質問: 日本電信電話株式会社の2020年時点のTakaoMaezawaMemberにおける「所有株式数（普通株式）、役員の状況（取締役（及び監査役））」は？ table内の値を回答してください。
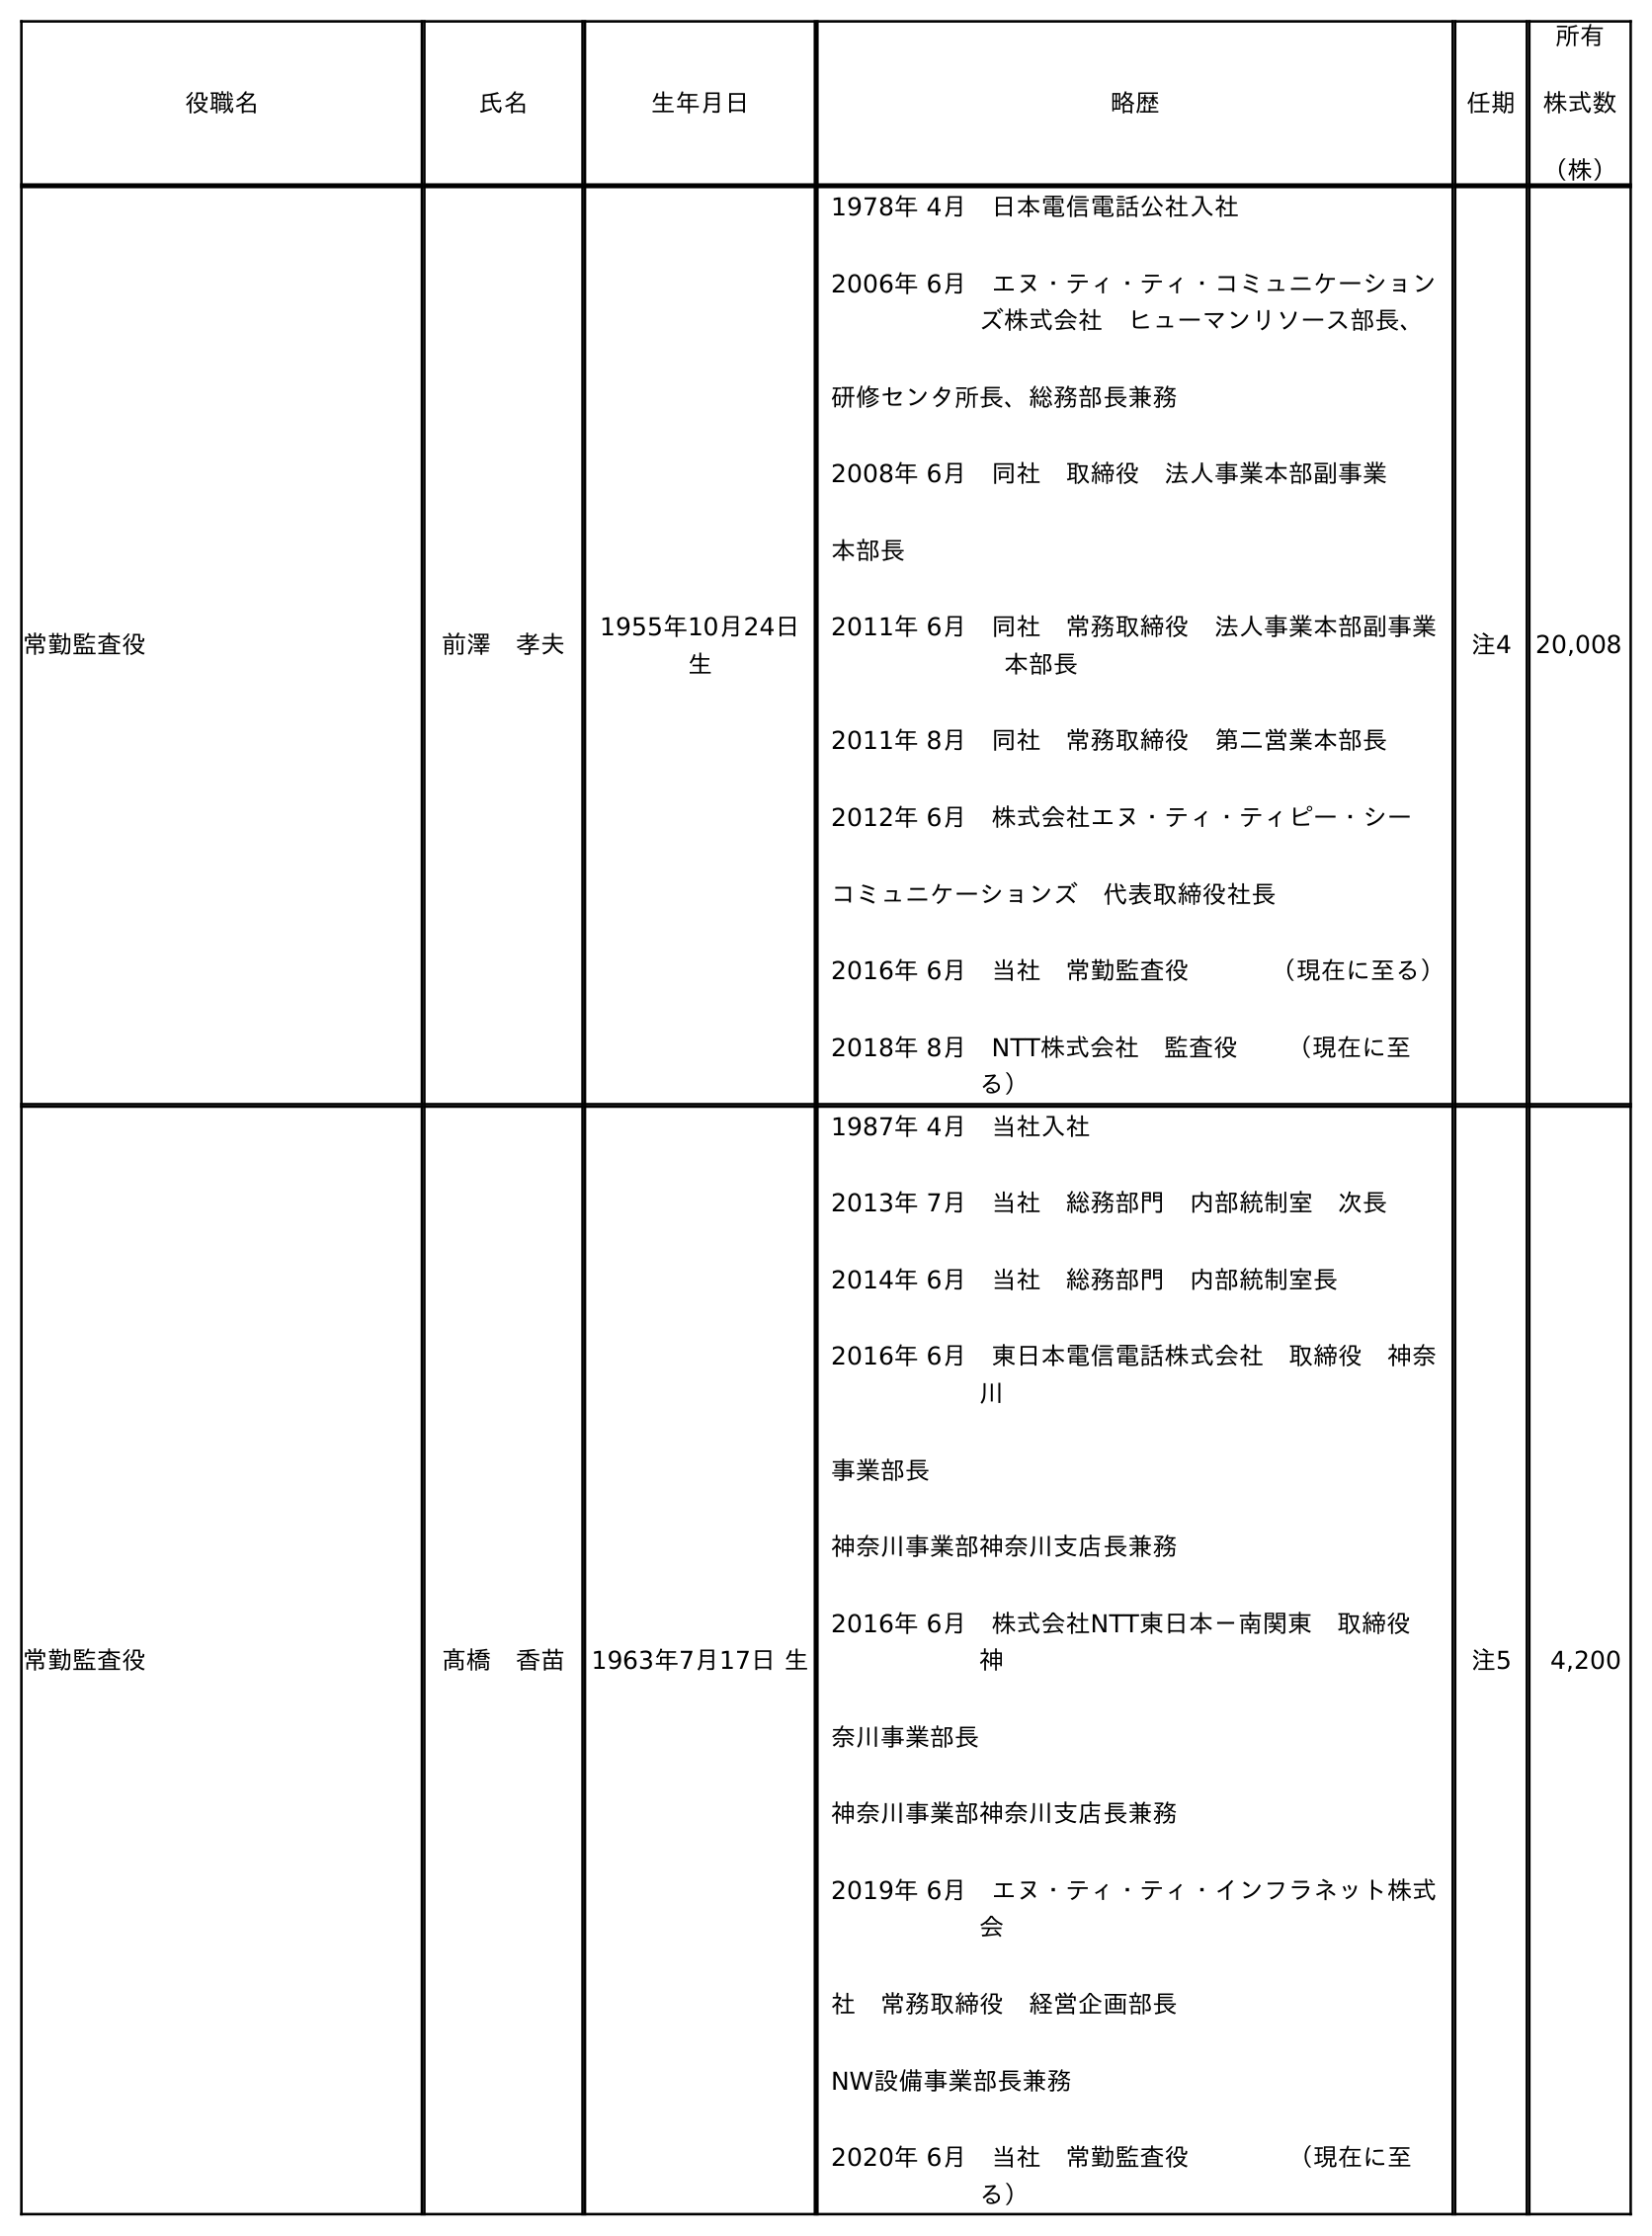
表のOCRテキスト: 役職名 氏名 生年月日 略歴 任期 所有 株式数 （株） 常勤監査役 前澤 孝夫 1955年10月24日 生 1978年 4月 日本電信電話公社入社 2006年 6月 エヌ・ティ・ティ・コミュニケーション ズ株式会社 ヒューマンリソース部長、 研修センタ所長、総務部長兼務 2008年 6月 同社 取締役 法人事業本部副事業 本部長 2011年 6月 同社 常務取締役 法人事業本部副事業  本部長 2011年 8月 同社 常務取締役 第二営業本部長 2012年 6月 株式会社エヌ・ティ・ティピー・シー コミュニケーションズ 代表取締役社長 2016年 6月 当社 常勤監査役    （現在に至る） 2018年 8月 NTT株式会社 監査役  （現在に至 る） 注4 20,008 常勤監査役 髙橋 香苗 1963年7月17日 生 1987年 4月 当社入社 2013年 7月 当社 総務部門 内部統制室 次長 2014年 6月 当社 総務部門 内部統制室長 2016年 6月 東日本電信電話株式会社 取締役 神奈 川 事業部長 神奈川事業部神奈川支店長兼務 2016年 6月 株式会社NTT東日本－南関東 取締役  神 奈川事業部長 神奈川事業部神奈川支店長兼務 2019年 6月 エヌ・ティ・ティ・インフラネット株式 会 社 常務取締役 経営企画部長 NW設備事業部長兼務 2020年 6月 当社 常勤監査役    （現在に至 る） 注5 4,200
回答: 20,008